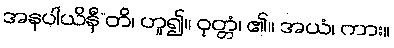
အနပါယိနီ”တိ၊ ဟူ၍။ ဝုတ္တံ၊ ၏။ အယံ၊ ကား။